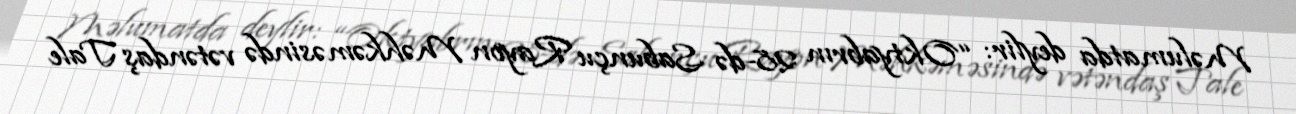
Məlumatda deylir: “Oktyabrın 28-də Sabunçu Rayon Məhkəməsində vətəndaş Tale